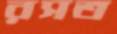
রসত